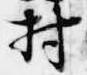
村